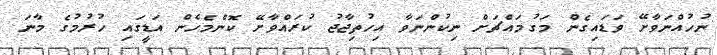
ނުހުއްނަވާށޭ ވަޑައިގެން މަގުމައްޗަށް ނިކުންނަވާ އިހުތިޖާޖު ކުރައްވާށޭ ކޮންމެހެން އަޑީގައި ހުރުމުގެ މާނަ